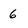
Character: 6